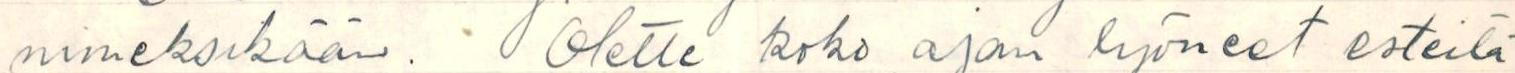
nimeksikään. Olette koko ajan lyöneet esteitä